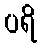
ပရိ